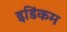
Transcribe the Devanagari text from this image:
इडिंकम